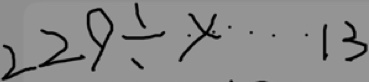
2 2 9 \div x \cdots 1 3